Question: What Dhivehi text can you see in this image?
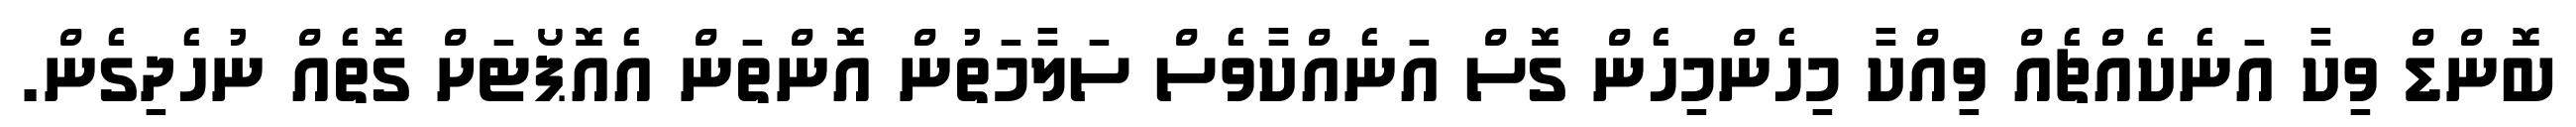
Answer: ބޮންޑް ވިކާ އަނެކެއްޗެއް ވިއްކާ މިހެންމިހެން ގޮސް އަނެއްކާވެސް ސަލާމަތުން އޮންތަން އެއަޮޕޯޓަށް ގޮތެއް ނުހެދިގެން.